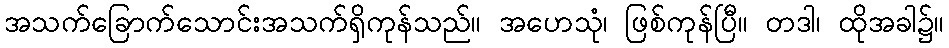
အသက်ခြောက်သောင်းအသက်ရှိကုန်သည်။ အဟေသုံ၊ ဖြစ်ကုန်ပြီ။ တဒါ၊ ထိုအခါ၌။